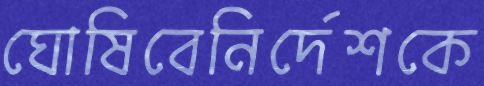
ঘোষিবেনির্দেশকে